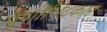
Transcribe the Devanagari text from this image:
पूर्णाधि८कार